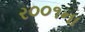
ર૦૦૧ના